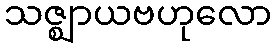
သဇ္ဈာယဗဟုလော